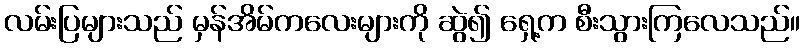
လမ်းပြများသည် မှန်အိမ်ကလေးများကို ဆွဲ၍ ရှေ့က စီးသွားကြလေသည်။